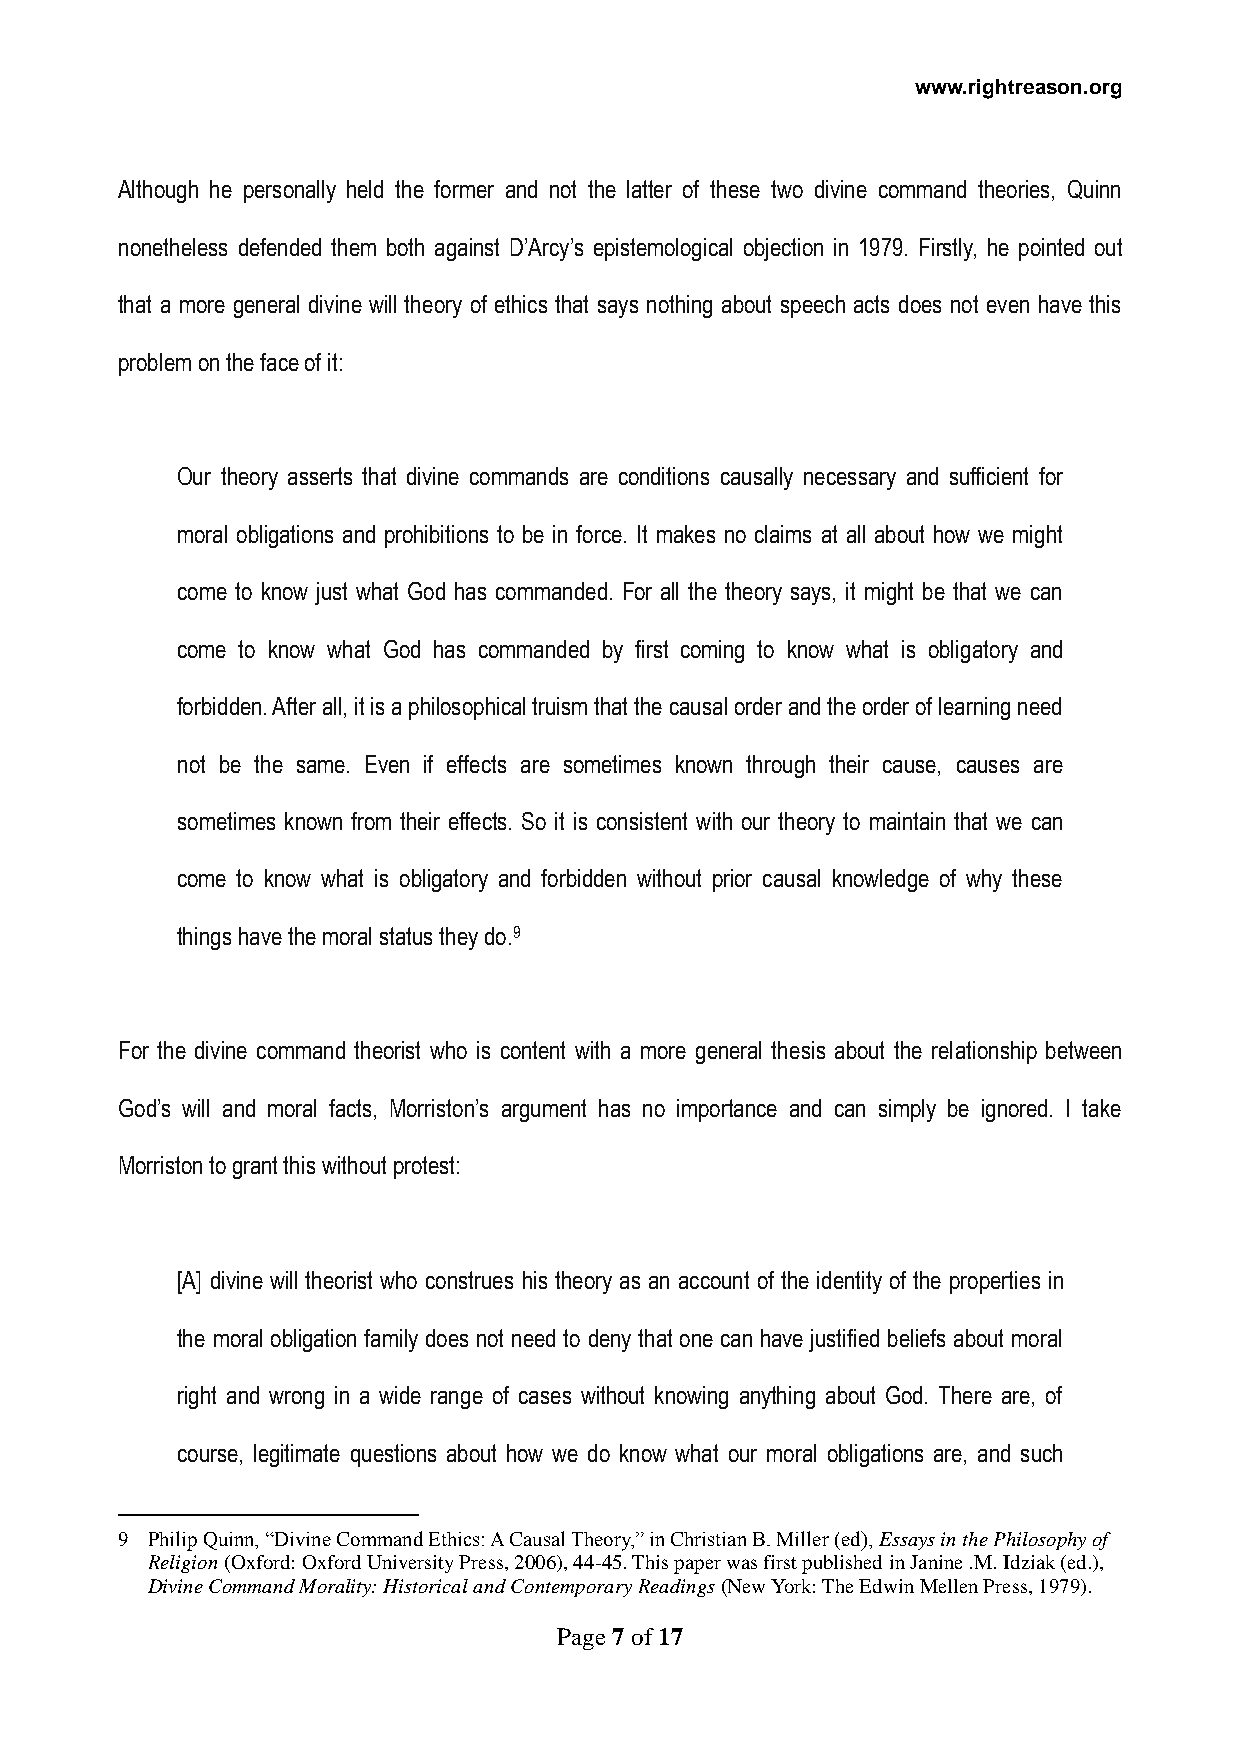
www.rightreason.org
 Although he personally held the former and not the latter of these two divine command theories, Quinn
 nonetheless defended them both against D’Arcy’s epistemological objection in 1979. Firstly, he pointed out
 that a more general divine will theory of ethics that says nothing about speech acts does not even have this
 problem on the face of it:
 Our theory asserts that divine commands are conditions causally necessary and sufficient for
 moral obligations and prohibitions to be in force. It makes no claims at all about how we might
 come to know just what God has commanded. For all the theory says, it might be that we can
 come to know what God has commanded by first coming to know what is obligatory and
 forbidden. After all, it is a philosophical truism that the causal order and the order of learning need
 not be the same. Even if effects are sometimes known through their cause, causes are
 sometimes known from their effects. So it is consistent with our theory to maintain that we can
 come to know what is obligatory and forbidden without prior causal knowledge of why these
 things have the moral status they do.9
 For the divine command theorist who is content with a more general thesis about the relationship between
 God’s will and moral facts, Morriston’s argument has no importance and can simply be ignored. I take
 Morriston to grant this without protest:
 [A] divine will theorist who construes his theory as an account of the identity of the properties in
 the moral obligation family does not need to deny that one can have justified beliefs about moral
 right and wrong in a wide range of cases without knowing anything about God. There are, of
 course, legitimate questions about how we do know what our moral obligations are, and such
 9 Philip Quinn, “Divine Command Ethics: A Causal Theory,” in Christian B. Miller (ed), Essays in the Philosophy of
 Religion (Oxford: Oxford University Press, 2006), 44-45. This paper was first published in Janine .M. Idziak (ed.),
 Divine Command Morality: Historical and Contemporary Readings (New York: The Edwin Mellen Press, 1979).
 Page 7 of 17